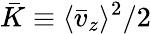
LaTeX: \bar{K}\equiv\langle\bar{v}_{z}\rangle^{2}/2